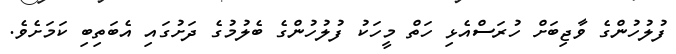
ފުލުހުންގެ ވާޖިބަށް ހުރަސްއެޅި ހަތް މީހަކު ފުލުހުންގެ ބެލުމުގެ ދަށުގައި އެބަތިބި ކަމަށެވެ.